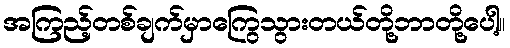
အကြည့်တစ်ချက်မှာကြွေသွားတယ်တို့ဘာတို့ပေါ့။